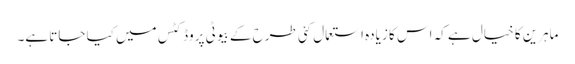
ماہرین کا خیال ہے کہ اس کا زیادہ استعمال کئی طرح کے بیوٹی پروڈکٹس میں کیا جاتا ہے۔